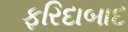
ફરિદાબાદ